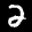
Label: 2